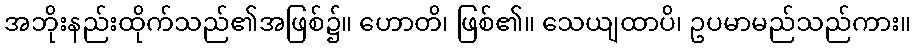
အဘိုးနည်းထိုက်သည်၏အဖြစ်၌။ ဟောတိ၊ ဖြစ်၏။ သေယျထာပိ၊ ဥပမာမည်သည်ကား။